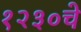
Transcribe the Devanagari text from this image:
१२३०चे